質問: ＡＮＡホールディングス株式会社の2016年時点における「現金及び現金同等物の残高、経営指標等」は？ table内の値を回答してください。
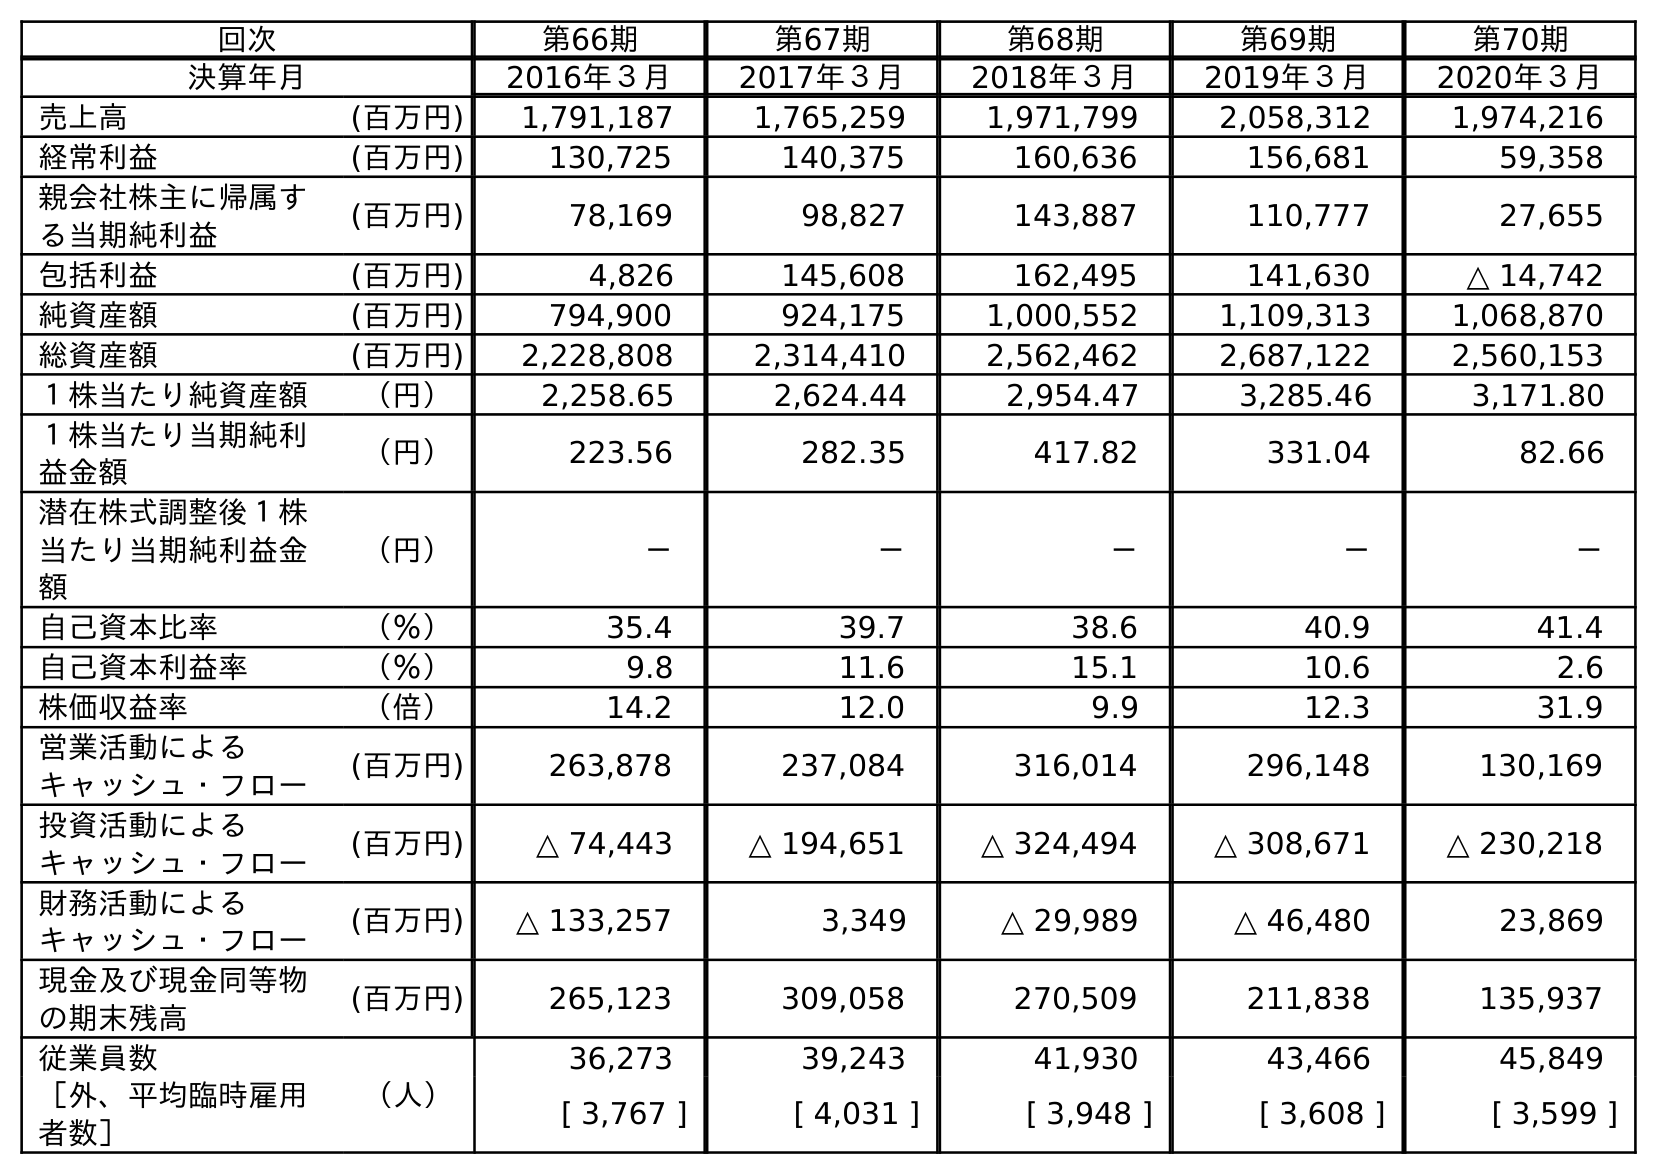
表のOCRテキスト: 回次 第66期 第67期 第68期 第69期 第70期 決算年月 2016年３月 2017年３月 2018年３月 2019年３月 2020年３月 売上高 (百万円) 1,791,187 1,765,259 1,971,799 2,058,312 1,974,216 経常利益 (百万円) 130,725 140,375 160,636 156,681 59,358 親会社株主に帰属す る当期純利益 (百万円) 78,169 98,827 143,887 110,777 27,655 包括利益 (百万円) 4,826 145,608 162,495 141,630 △ 14,742 純資産額 (百万円) 794,900 924,175 1,000,552 1,109,313 1,068,870 総資産額 (百万円) 2,228,808 2,314,410 2,562,462 2,687,122 2,560,153 １株当たり純資産額 （円） 2,258.65 2,624.44 2,954.47 3,285.46 3,171.80 １株当たり当期純利 益金額 （円） 223.56 282.35 417.82 331.04 82.66 潜在株式調整後１株 当たり当期純利益金 額 （円） － － － － － 自己資本比率 （％） 35.4 39.7 38.6 40.9 41.4 自己資本利益率 （％） 9.8 11.6 15.1 10.6 2.6 株価収益率 （倍） 14.2 12.0 9.9 12.3 31.9 営業活動による キャッシュ・フロー (百万円) 263,878 237,084 316,014 296,148 130,169 投資活動による キャッシュ・フロー (百万円) △ 74,443 △ 194,651 △ 324,494 △ 308,671 △ 230,218 財務活動による キャッシュ・フロー (百万円) △ 133,257 3,349 △ 29,989 △ 46,480 23,869 現金及び現金同等物 の期末残高 (百万円) 265,123 309,058 270,509 211,838 135,937 従業員数 （人） 36,273 39,243 41,930 43,466 45,849 ［外、平均臨時雇用 者数］ [ 3,767 ] [ 4,031 ] [ 3,948 ] [ 3,608 ] [ 3,599 ]
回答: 265,123